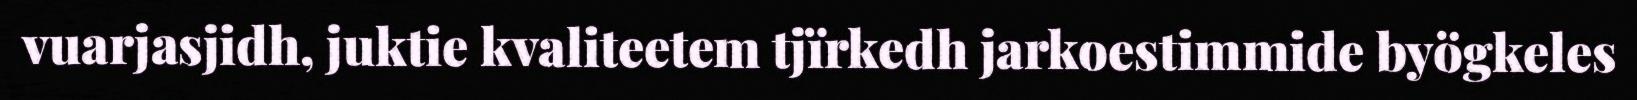
vuarjasjidh, juktie kvaliteetem tjïrkedh jarkoestimmide byögkeles